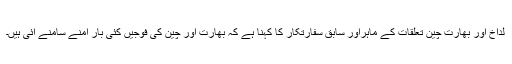
لداخ اور بھارت چین تعلقات کے ماہراور سابق سفارتکار کا کہنا ہے کہ بھارت اور چین کی فوجیں کئی بار آمنے سامنے آئی ہیں۔